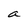
Character: a